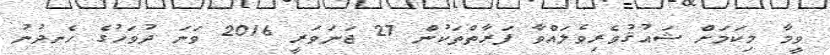
ވީމާ މިކަމަށް ޝައުޤުވެރިވެލައްވާ ފަރާތްތަކުން 27 ޖަނަވަރީ 2016 ވަނަ ދުވަހުގެ ހެނދުނު